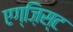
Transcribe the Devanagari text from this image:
एग्ज़िस्ट